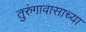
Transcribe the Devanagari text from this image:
तुरुंगावासाच्या